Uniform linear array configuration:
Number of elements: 16
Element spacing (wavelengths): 1
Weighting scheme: blackman
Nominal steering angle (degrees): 60
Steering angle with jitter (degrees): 58.143
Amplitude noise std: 0.05
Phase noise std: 0.05

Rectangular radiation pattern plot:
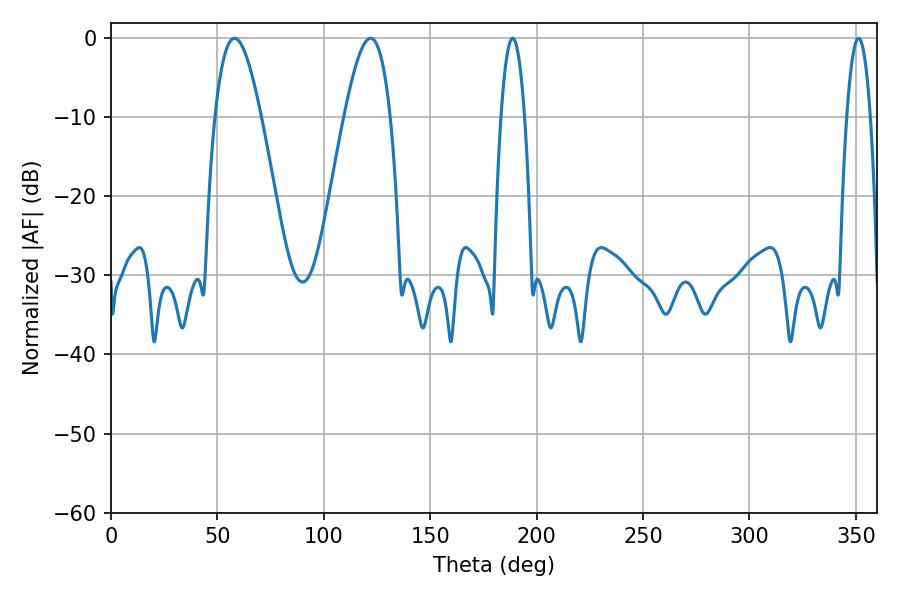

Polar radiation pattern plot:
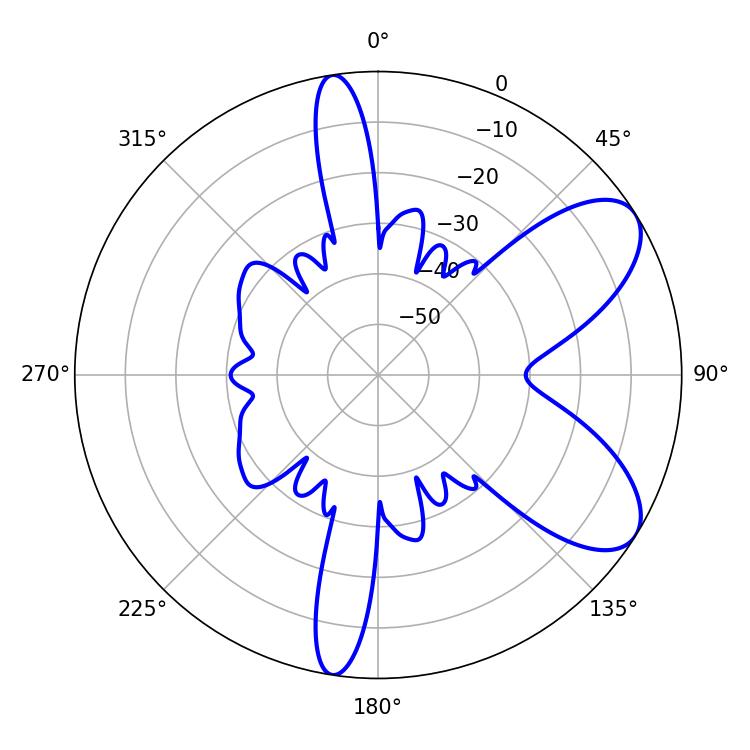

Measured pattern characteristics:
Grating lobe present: TRUE
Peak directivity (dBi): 7.639
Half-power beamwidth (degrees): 11.7
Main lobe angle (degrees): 57.96